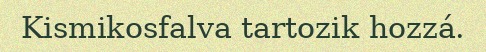
Kismikosfalva tartozik hozzá.